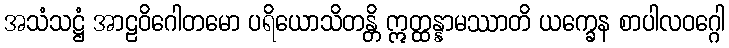
အသံသဋ္ဌံ အာဠဝိဂေါတမော ပရိယောသိတန္တိ ဣတ္ထန္နာမဿာတိ ယက္ခေန စာပါလဝဂ္ဂေါ